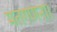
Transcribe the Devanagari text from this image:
मतगणना।